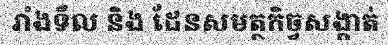
រាំងទឹល និង ដែនសមត្ថកិច្វសង្កាត់